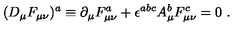
( D _ { \mu } F _ { \mu \nu } ) ^ { a } \equiv \partial _ { \mu } F _ { \mu \nu } ^ { a } + \epsilon ^ { a b c } A _ { \mu } ^ { b } F _ { \mu \nu } ^ { c } = 0 \ .